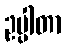
ဥပ္ပါတာ